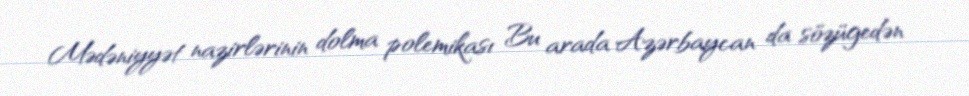
Mədəniyyət nazirlərinin dolma polemikası Bu arada Azərbaycan da sözügedən